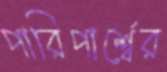
পারিপার্শ্বের